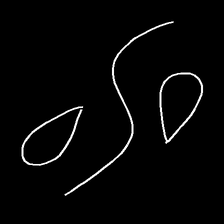
Glyph: water